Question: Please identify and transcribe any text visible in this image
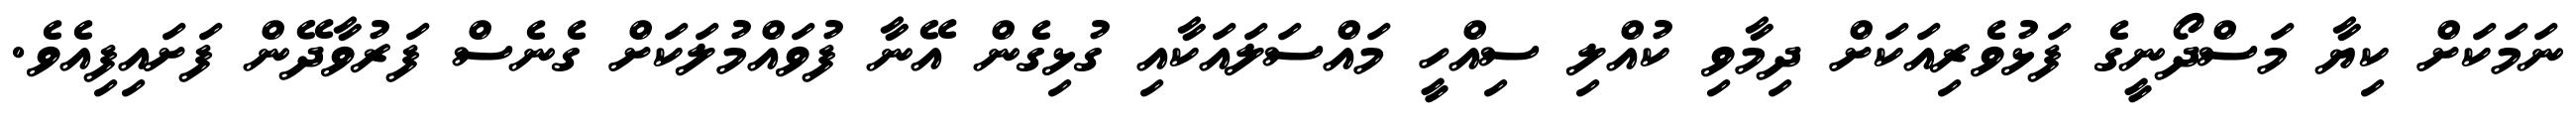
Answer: ނަމަކަށް ކިޔާ މަސްދޯނީގެ ފަޅުވެރިއަކަށް ދިމާވި ކުއްލި ސިއްހީ މައްސަލައަކާއި ގުޅިގެން އޭނާ ފުވައްމުލަކަށް ގެނެސް ފަރުވާދޭން ފަށައިފިއެވެ.